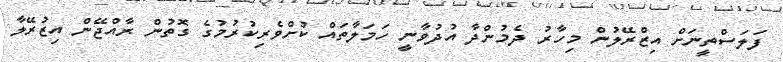
ފަލަސްތީނަށް އިޒްރޭލުން މިހާރު ދެމުންދާ އުދުވާނީ ހަމަލާތައް ކުށްވެރިކުރުމުގެ ގޮތުން ރާއްޖޭން އިޒުރޭލާ